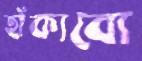
হাঁকাবো